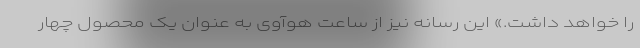
را خواهد داشت.» این رسانه نیز از ساعت هوآوی به عنوان یک محصول چهار